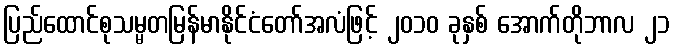
ပြည်ထောင်စုသမ္မတမြန်မာနိုင်ငံတော်အလံဖြင့် ၂၀၁၀ ခုနှစ် အောက်တိုဘာလ ၂၁